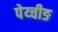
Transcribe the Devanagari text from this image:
पेय्चीङ